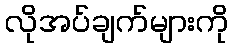
လိုအပ်ချက်များကို